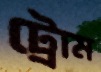
ট্রোম